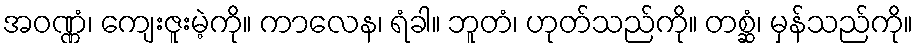
အဝဏ္ဏံ၊ ကျေးဇူးမဲ့ကို။ ကာလေန၊ ရံခါ။ ဘူတံ၊ ဟုတ်သည်ကို။ တစ္ဆံ၊ မှန်သည်ကို။